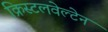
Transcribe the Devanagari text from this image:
क्रिस्टलवेल्टेन